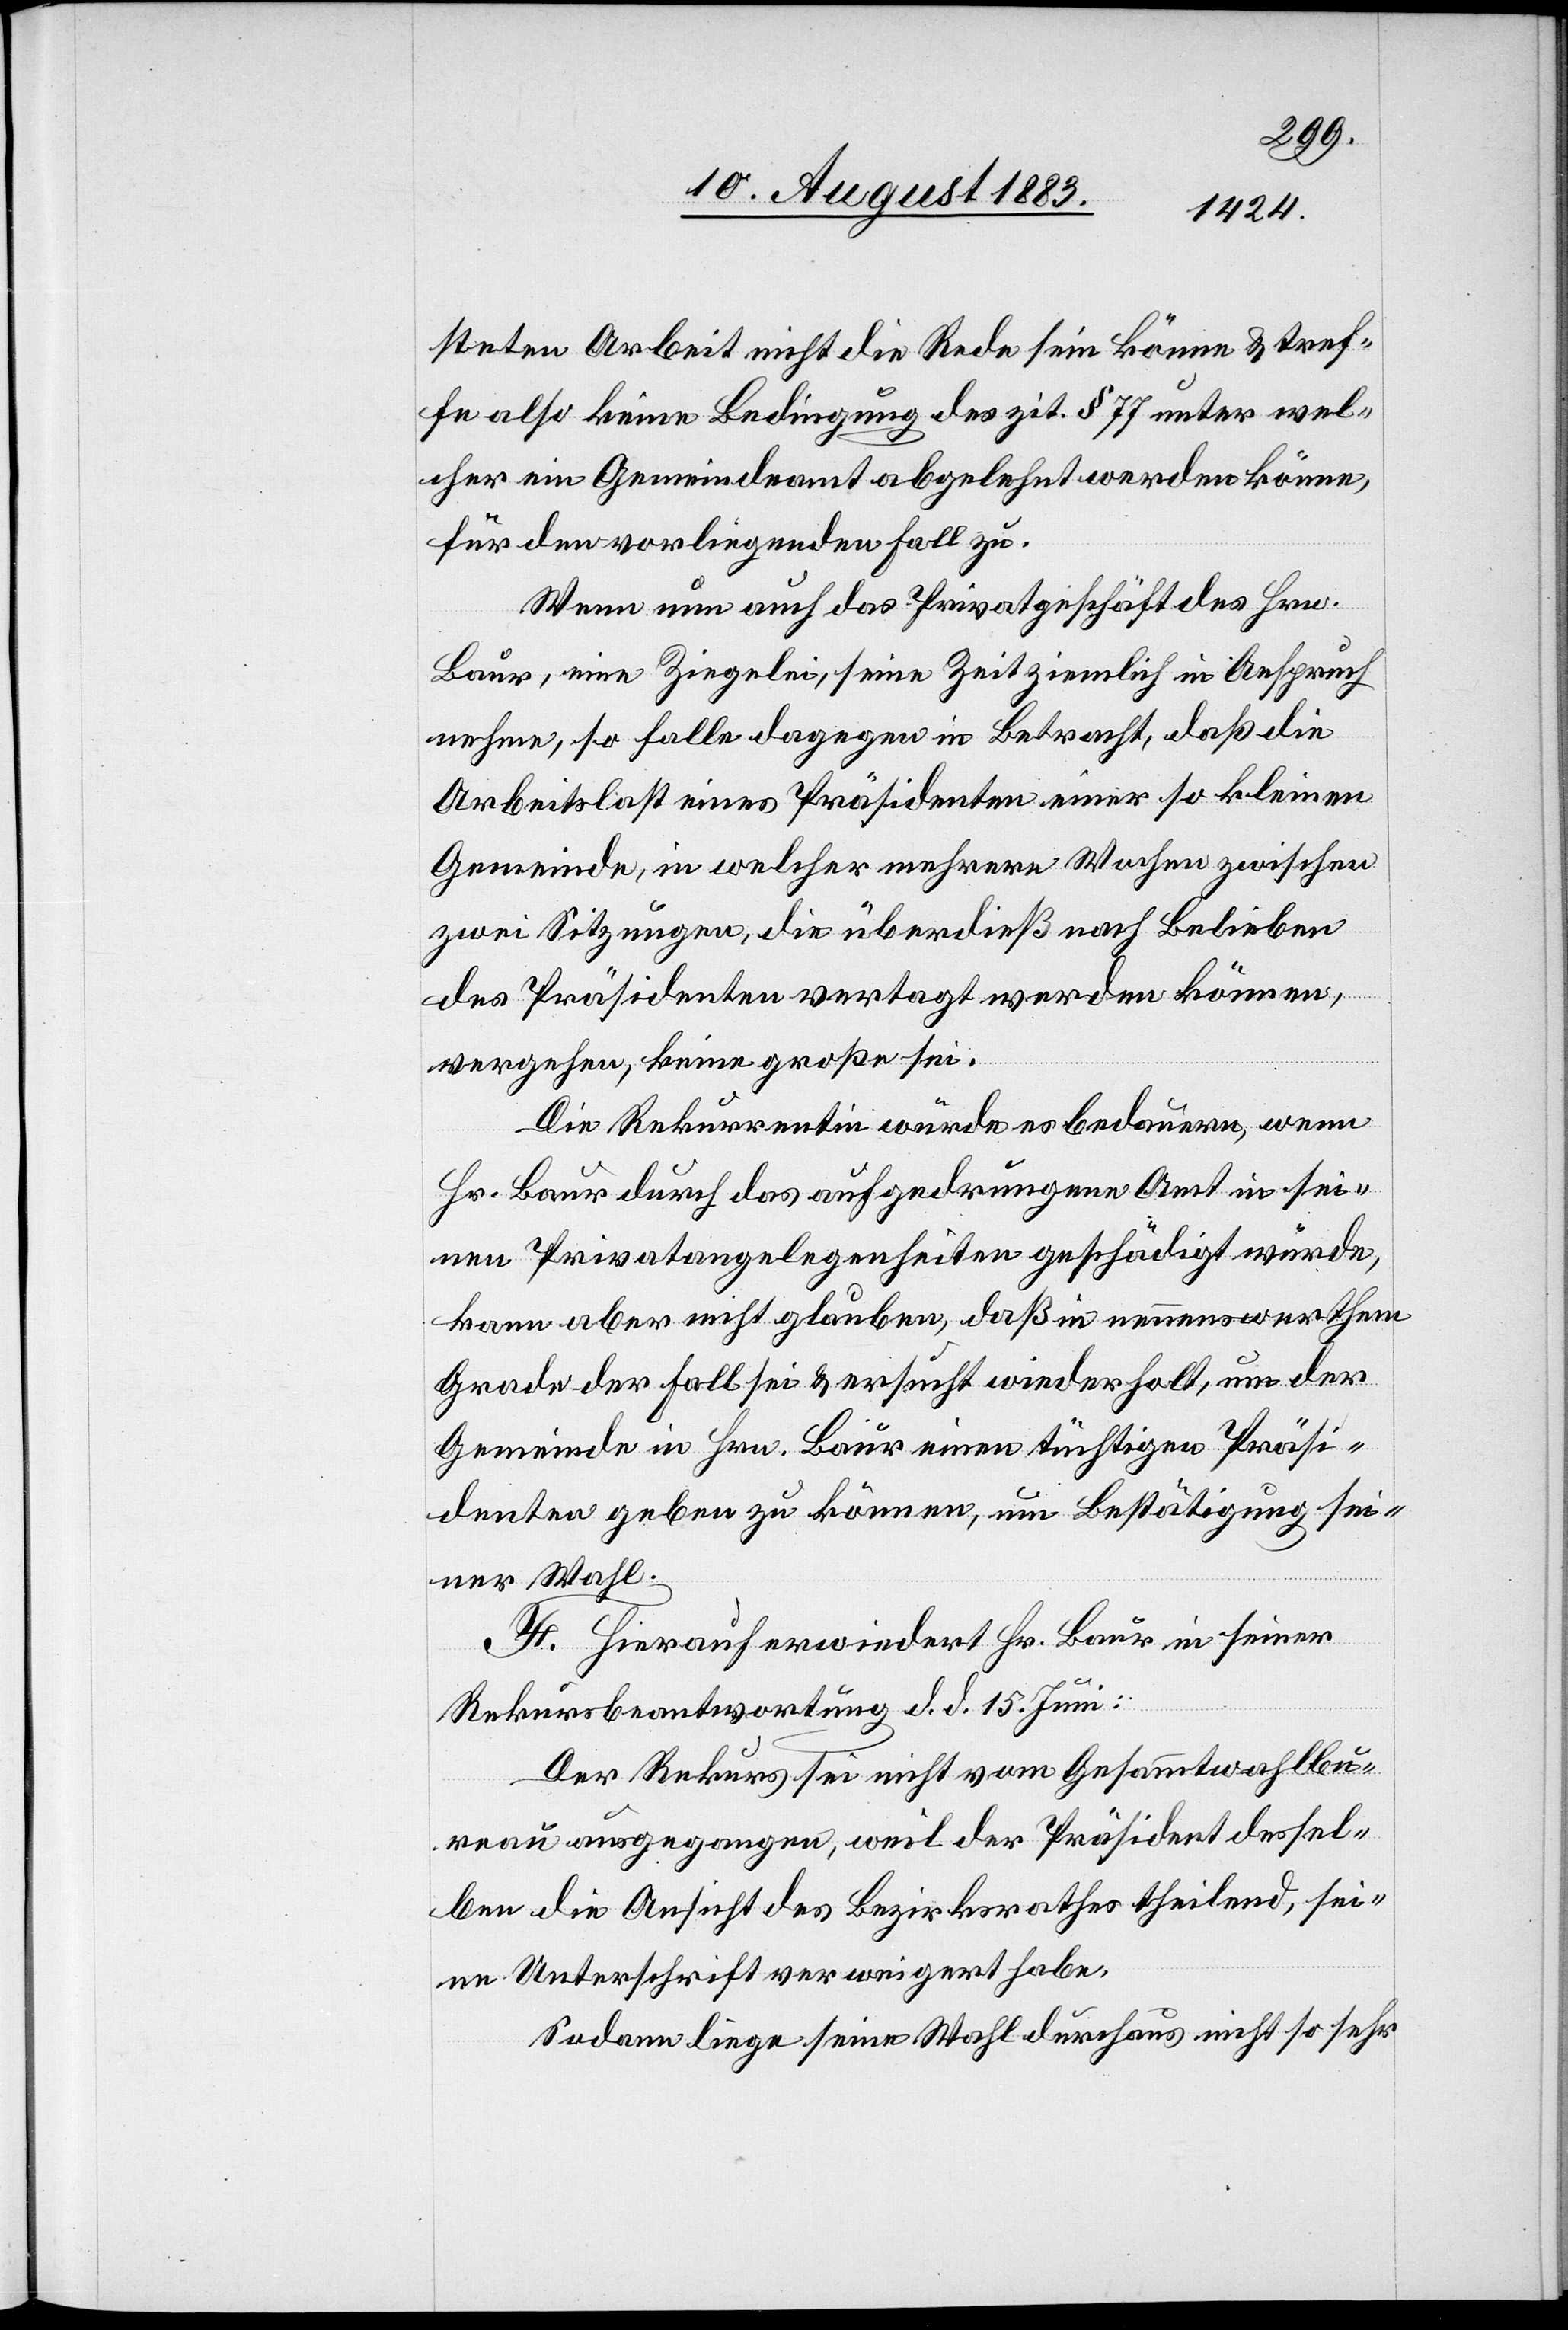
steten Arbeit nicht die Rede sein könne & tref¬
fe also keine Bedingung des zit. § 77 unter wel¬
cher ein Gemeindeamt abgelehnt werden könne,
für den vorliegenden Fall zu.
Wenn nun auch das Privatgeschäft des Hrn.
Baur, eine Ziegelei, seine Zeit ziemlich in Anspruch
nehme, so falle dagegen in Betracht, daß die
Arbeitslast eines Präsidenten einer so kleinen
Gemeinde, in welcher mehrere Wochen zwischen
zwei Sitzungen, die überdieß nach Belieben
des Präsidenten vertagt werden können,
vergehe, keine große sei.
Die Rekurrentin würde es bedauern, wenn
Hr. Baur durch das aufgedrungene Amt in sei¬
nen Privatangelegenheiten geschädigt würde,
kann aber nicht glauben, daß [dies] in nennenswerthem
Grade der Fall sei & ersucht wiederholt, um der
Gemeinde in Hrn. Baur einen tüchtigen Präsi¬
denten geben zu können, um Bestätigung sei¬
ner Wahl.
F. Hierauf erwiedert Hr. Baur in seiner
Rekursbeantwortung d. d. 15. Juni:
Der Rekurs sei nicht vom Gesammtwahlbu¬
reau ausgegangen, weil der Präsident dessel¬
ben die Ansicht des Bezirksrathes theilend, sei¬
ne Unterschrift verweigert habe.
Sodann liege seine Wahl durchaus nicht so sehr